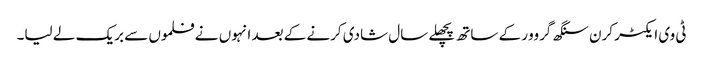
ٹی وی ایکٹر کرن سنگھ گروور کے ساتھ پچھلے سال شادی کرنے کے بعد انہوں نے فلموں سے بریک لے لیا۔